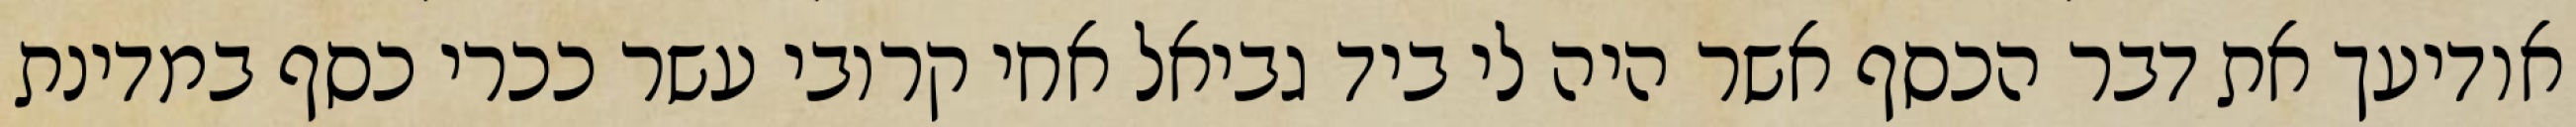
אודיעך את דבר הכסף אשר היה לי ביד גביאל אחי קרובי עשר ככרי כסף במדינת